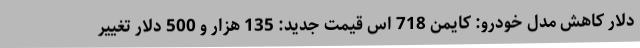
دلار کاهش مدل خودرو: کایمن 718 اس قیمت جدید: 135 هزار و 500 دلار تغییر